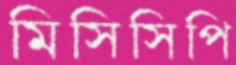
মিসিসিপি